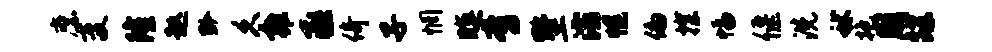
縻变隆趑黔久雍丞倚子惘暝啻墅灞幌偏探幅偃洗秫抱周蹀